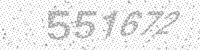
Solution: 551672